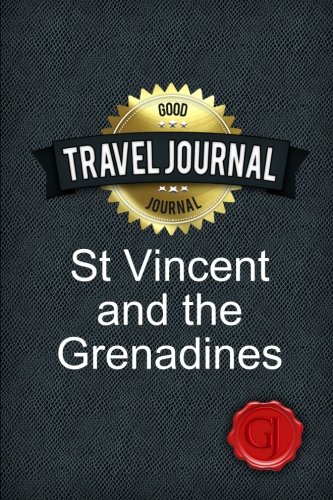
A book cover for Travel Journal St Vincent and the Grenadines; Good Journal; Travel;